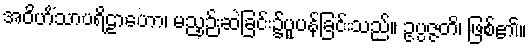
အဝိဟိံသာပရိဠာဟော၊ မညှဉ်းဆဲခြင်း၌ပူပန်ခြင်းသည်။ ဥပ္ပဇ္ဇတိ၊ ဖြစ်၏။